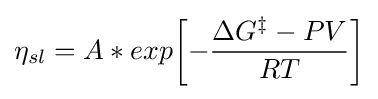
\eta _{sl}=A*exp{\left[-{\frac {\Delta G^{\ddagger }-PV}{RT}}\right]}